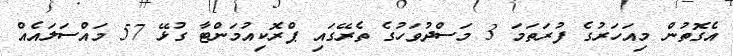
އެގޮތުން މިއަހަރުގެ ފުރަތަމަ 3 މަސްދުވަހުގެ ތެރޭގައި ޕްރޮކިއުމަންޓާ ގުޅޭ 57 މައްސަލައެއް